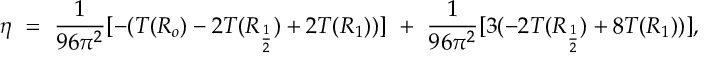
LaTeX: \eta ~ = ~ { \frac { 1 } { 9 6 \pi ^ { 2 } } } [ - ( T ( R _ { o } ) - 2 T ( R _ { \frac { 1 } { 2 } } ) + 2 T ( R _ { 1 } ) ) ] ~ + ~ { \frac { 1 } { 9 6 \pi ^ { 2 } } } [ 3 ( - 2 T ( R _ { \frac { 1 } { 2 } } ) + 8 T ( R _ { 1 } ) ) ] ,